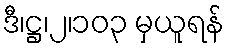
ဒီ၊ဋ္ဌ၊၂၊၁၀၃ မှယူရန်